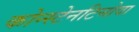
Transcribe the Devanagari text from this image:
कोन्स्टेनटिनोवा